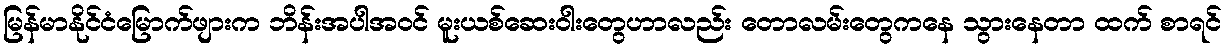
မြန်မာနိုင်ငံမြောက်ဖျားက ဘိန်းအပါအဝင် မူးယစ်ဆေးဝါးတွေဟာလည်း တောလမ်းတွေကနေ သွားနေတာ ထက် စာရင်